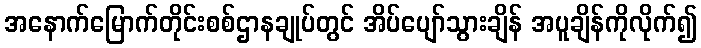
အနောက်မြောက်တိုင်းစစ်ဌာနချုပ်တွင် အိပ်ပျော်သွားချိန် အပူချိန်ကိုလိုက်၍